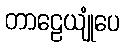
တာဠေယျုံပေ